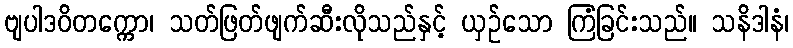
ဗျပါဒဝိတက္ကော၊ သတ်ဖြတ်ဖျက်ဆီးလိုသည်နှင့် ယှဉ်သော ကြံခြင်းသည်။ သနိဒါနံ၊